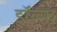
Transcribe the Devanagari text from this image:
डॉल्फ